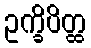
ဥက္ခိပိတ္ထ